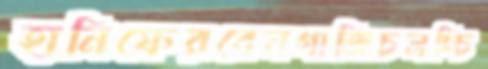
হানিফেরবেনগাজিচলচ্চি